Source: Handwritten
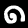
Digit: ၈ (8)